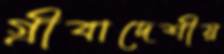
গ্রীবাদেশীয়